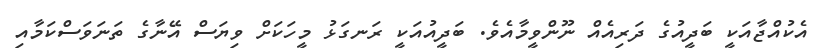
އެކުއްޖާއަކީ ބަދީއުގެ ދަރިއެއް ނޫންވީމާއެވެ. ބަދީއުއަކީ ރަނގަޅު މީހަކަށް ވިޔަސް އޭނާގެ ތަނަވަސްކަމާއި